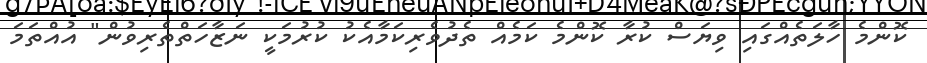
ކޮންމެ ހާލަތެއްގައި ވިޔަސް ކުރާ ކޮންމެ ކަމެއް ތެދުވެރިކަމާއެކު ކުރުމަކީ ނަޒާހަތްތެރިވުން" އުއްތަމަ